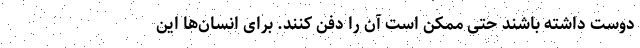
دوست داشته باشند حتی ممکن است ‌آن‌ را دفن کنند. برای انسان‌ها این